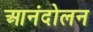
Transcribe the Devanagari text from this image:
आनंदोलन